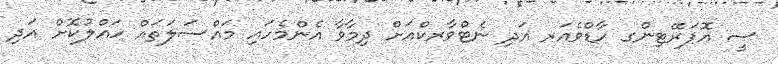
ސީ އޮޕަރޭޓިންގ ހާޑްވެއަރ އަދި ނެޓްވާރކްއަށް ދިމާވާ އެންމެހައި މައްސަލަތައް ހައްލުކޮށް އަދި